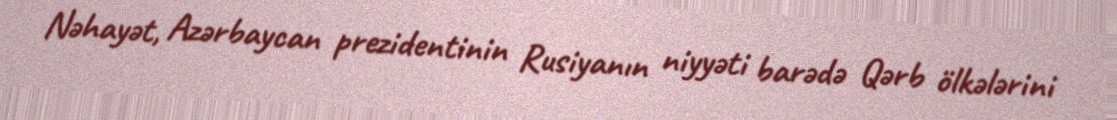
Nəhayət, Azərbaycan prezidentinin Rusiyanın niyyəti barədə Qərb ölkələrini